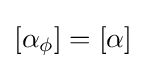
[\alpha _{\phi }]=[\alpha ]